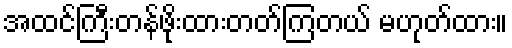
အထင်ကြီးတန်ဖိုးထားတတ်ကြတယ် မဟုတ်ထား။